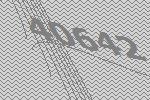
40642